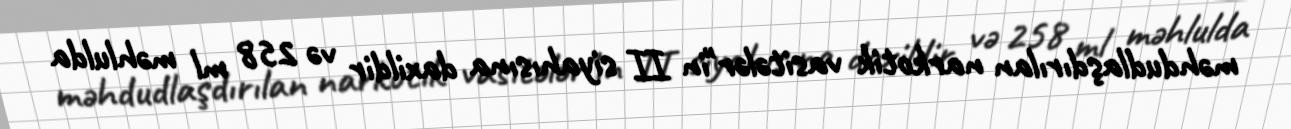
məhdudlaşdırılan narkotik vasitələr"in II siyahısına daxildir və 258 ml məhlulda